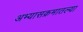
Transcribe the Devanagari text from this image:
अभ्यासक्रमातल्या